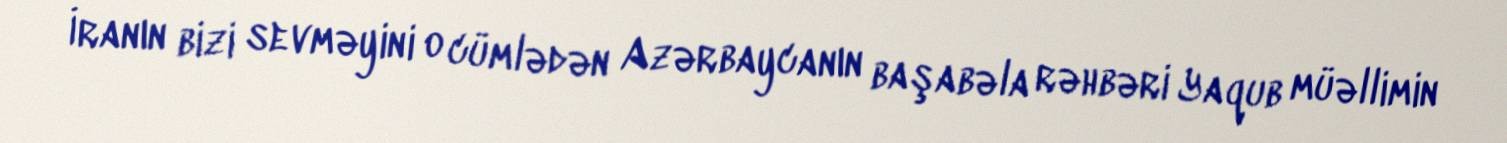
İranın bizi sevməyini o cümlədən Azərbaycanın başabəla rəhbəri Yaqub müəllimin